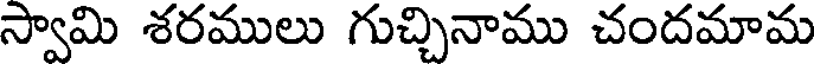
స్వామి శరములు గుచ్చినాము చందమామ